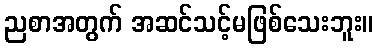
ညစာအတွက် အဆင်သင့်မဖြစ်သေးဘူး။